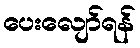
ပေးလျော်ရန်